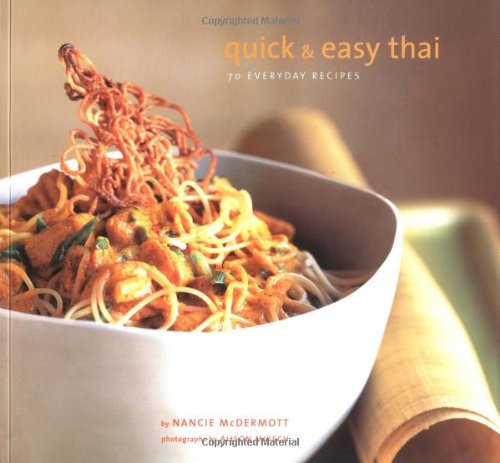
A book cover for Quick & Easy Thai: 70 Everyday Recipes; Nancie McDermott; Cookbooks, Food & Wine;